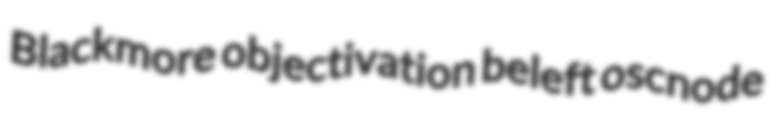
Blackmore objectivation beleft oscnode